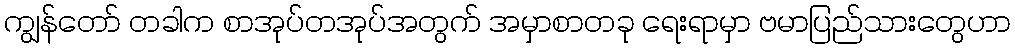
ကျွန်တော် တခါက စာအုပ်တအုပ်အတွက် အမှာစာတခု ရေးရာမှာ ဗမာပြည်သားတွေဟာ